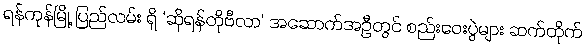
ရန်ကုန်မြို့ ပြည်လမ်း ရှိ ‘ဆိုရန်တိုဗီလာ’ အဆောက်အဦတွင် စည်းဝေးပွဲများ ဆက်တိုက်